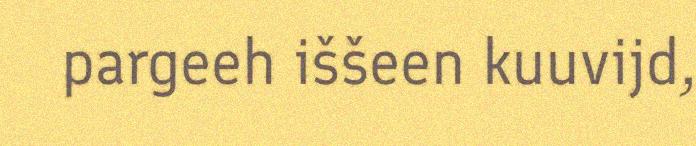
pargeeh iššeen kuuvijd,